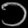
Digit: ၁